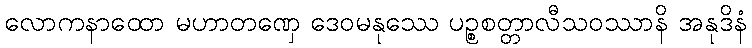
လောကနာထော မဟာတဏှေ ဒေဝမနုဿေ ပဉ္စစတ္တာလီသဝဿာနိ အနုဒိနံ